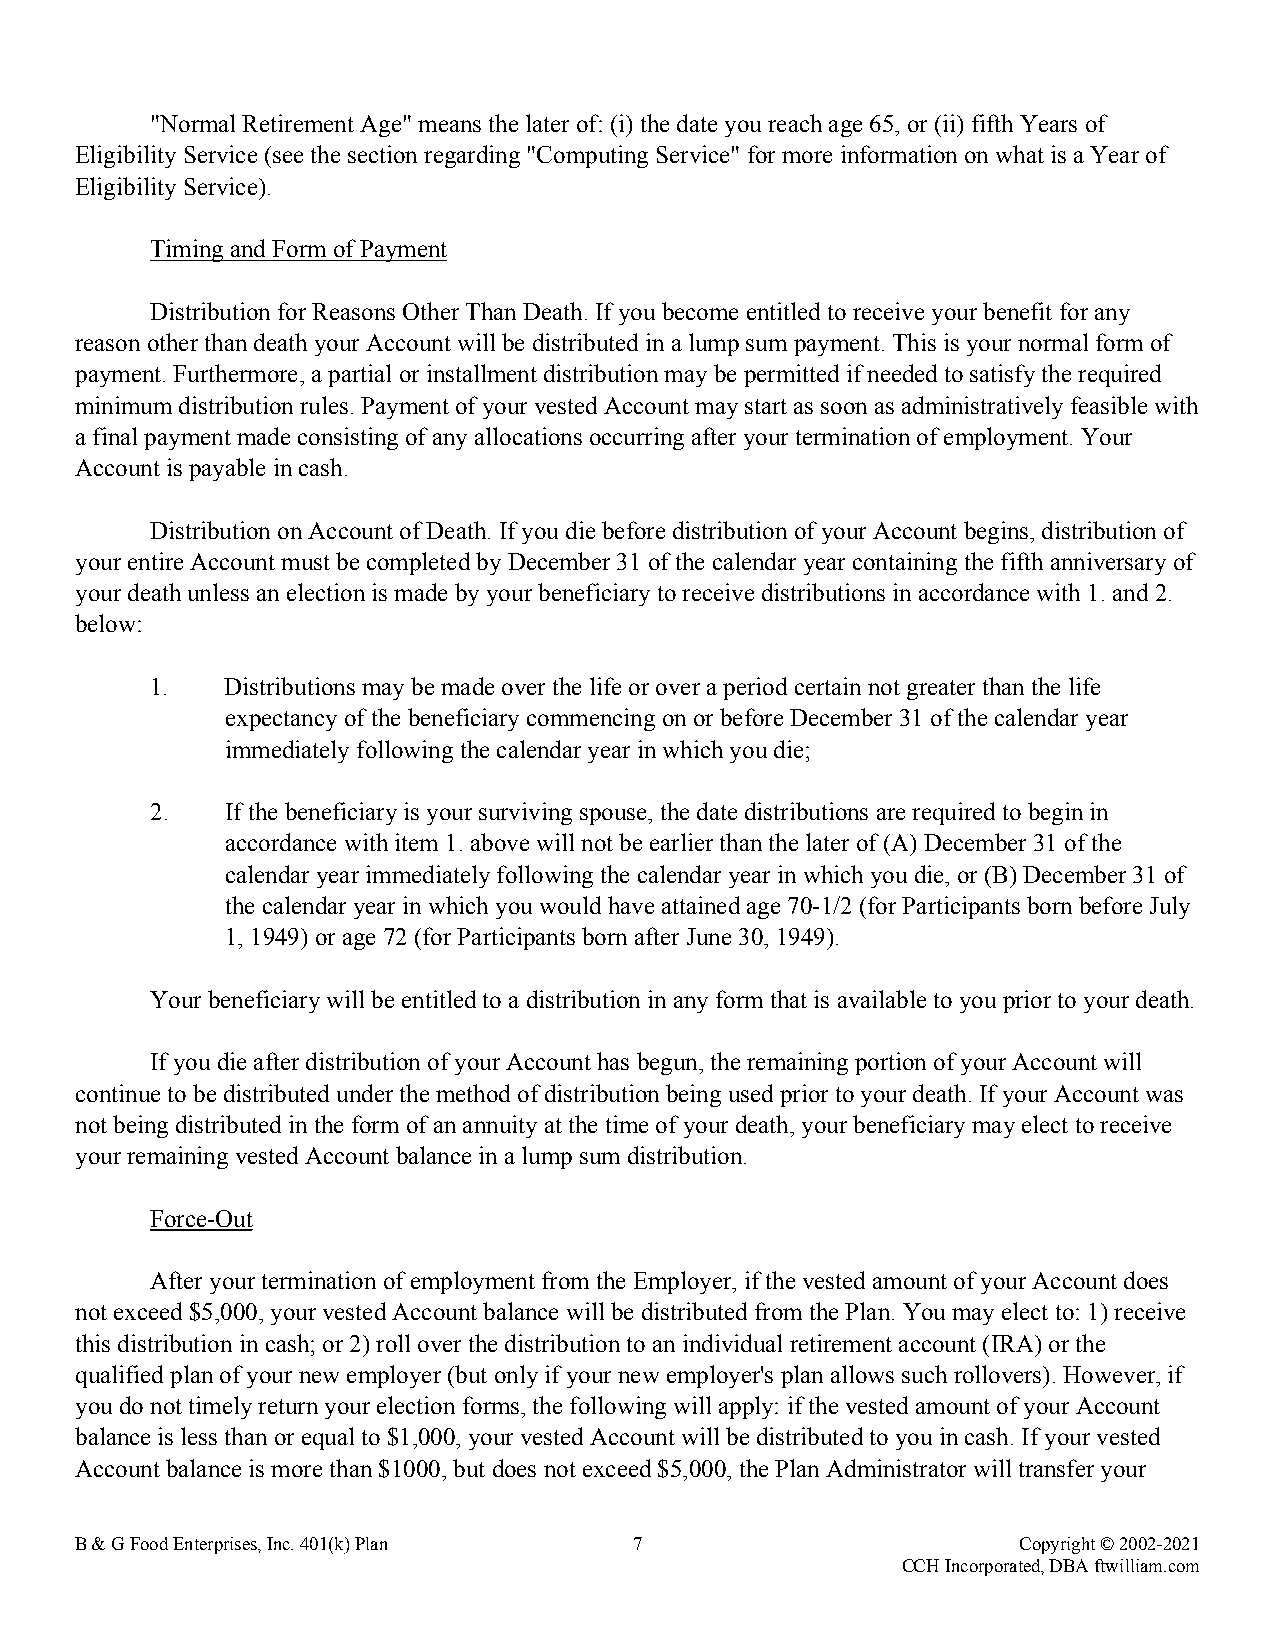
"Normal Retirement Age" means the later of: (i) the date you reach age 65, or (ii) fifth Years of
 Eligibility Service (see the section regarding "Computing Service" for more information on what is a Year of
 Eligibility Service).
 Timing and Form of Payment
 Distribution for Reasons Other Than Death. If you become entitled to receive your benefit for any
 reason other than death your Account will be distributed in a lump sum payment. This is your normal form of
 payment. Furthermore, a partial or installment distribution may be permitted if needed to satisfy the required
 minimum distribution rules. Payment of your vested Account may start as soon as administratively feasible with
 a final payment made consisting of any allocations occurring after your termination of employment. Your
 Account is payable in cash.
 Distribution on Account of Death. If you die before distribution of your Account begins, distribution of
 your entire Account must be completed by December 31 of the calendar year containing the fifth anniversary of
 your death unless an election is made by your beneficiary to receive distributions in accordance with 1. and 2.
 below:
 1.   Distributions may be made over the life or over a period certain not greater than the life
 expectancy of the beneficiary commencing on or before December 31 of the calendar year
 immediately following the calendar year in which you die;
 2.   If the beneficiary is your surviving spouse, the date distributions are required to begin in
 accordance with item 1. above will not be earlier than the later of (A) December 31 of the
 calendar year immediately following the calendar year in which you die, or (B) December 31 of
 the calendar year in which you would have attained age 70-1/2 (for Participants born before July
 1, 1949) or age 72 (for Participants born after June 30, 1949).
 Your beneficiary will be entitled to a distribution in any form that is available to you prior to your death.
 If you die after distribution of your Account has begun, the remaining portion of your Account will
 continue to be distributed under the method of distribution being used prior to your death. If your Account was
 not being distributed in the form of an annuity at the time of your death, your beneficiary may elect to receive
 your remaining vested Account balance in a lump sum distribution.
 Force-Out
 After your termination of employment from the Employer, if the vested amount of your Account does
 not exceed $5,000, your vested Account balance will be distributed from the Plan. You may elect to: 1) receive
 this distribution in cash; or 2) roll over the distribution to an individual retirement account (IRA) or the
 qualified plan of your new employer (but only if your new employer's plan allows such rollovers). However, if
 you do not timely return your election forms, the following will apply: if the vested amount of your Account
 balance is less than or equal to $1,000, your vested Account will be distributed to you in cash. If your vested
 Account balance is more than $1000, but does not exceed $5,000, the Plan Administrator will transfer your
 B & G Food Enterprises, Inc. 401(k) Plan 7                    Copyright © 2002-2021
 CCH Incorporated, DBA ftwilliam.com